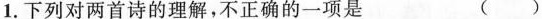
1.下列对两首诗的理解，不正确的一项是 ()